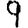
Digit: 9